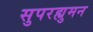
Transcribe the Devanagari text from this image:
सुपरह्युमन